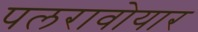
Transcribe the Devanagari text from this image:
पलरावोयार